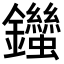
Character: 𨰙